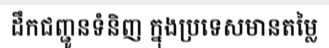
ដឹកជញ្ជូនទំនិញ ក្នុងប្រទេសមានតម្លៃ